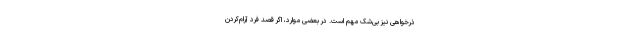
ذرخواهی نیز بی‌شک مهم است. در بعضی موارد، اگر قصدِ فرد آرام‌‌کردن